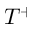
T ^ { + }